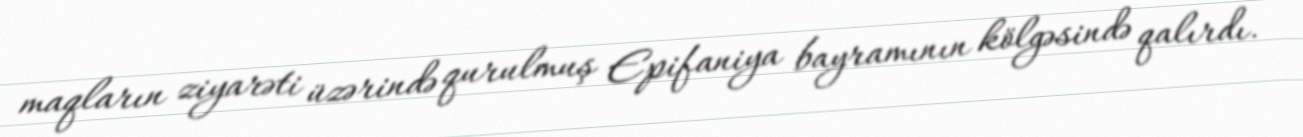
maqların ziyarəti üzərində qurulmuş Epifaniya bayramının kölgəsində qalırdı.